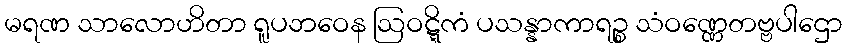
မရဏ သာလောဟိတာ ရူပဘဝေန ဩဝဋ္ဋိကံ ပသန္နာကာရဉ္စ သံဝဏ္ဏေတဗ္ဗပါဌော